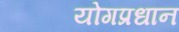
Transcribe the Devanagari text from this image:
योगप्रधान